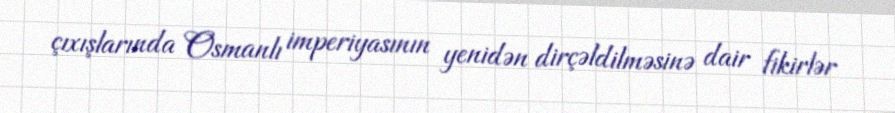
çıxışlarında Osmanlı imperiyasının yenidən dirçəldilməsinə dair fikirlər